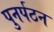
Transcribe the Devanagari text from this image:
पुनर्पठन